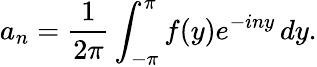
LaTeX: a_{n}={\frac{1}{2\pi}}\int_{-\pi}^{\pi}f(y)e^{-iny}\, dy.